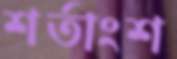
শর্তাংশ